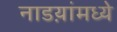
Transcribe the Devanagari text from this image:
नाडय़ांमध्ये